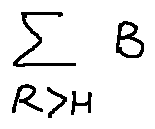
\sum \limits _ { R \geq H } B